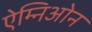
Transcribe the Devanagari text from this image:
ऐम्निओन